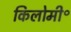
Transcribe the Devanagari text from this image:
किलोमी॰